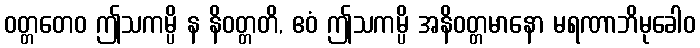
ဝတ္တတေဝ ဤသကမ္ပိ န နိဝတ္တတိ, ဧဝံ ဤသကမ္ပိ အနိဝတ္တမာနော မရဏာဘိမုခေါဝ